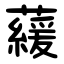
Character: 藧